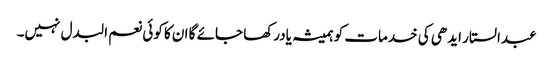
عبدالستار ایدھی کی خدمات کو ہمیشہ یادرکھا جائے گا ان کا کوئی نعم البدل نہیں۔